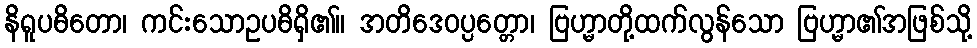
နိရူပဓိတော၊ ကင်းသောဥပဓိရှိ၏။ အတိဒေဝပ္ပတ္တော၊ ဗြဟ္မာတို့ထက်လွန်သော ဗြဟ္မာ၏အဖြစ်သို့